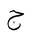
Letter: _gim